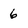
Character: 6